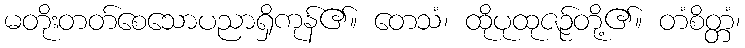
မတိုးတတ်စေသောပညာရှိကုန်၏။ တေသံ၊ ထိုပုထုဇဉ်တို့၏။ တံစိတ္တံ၊